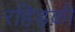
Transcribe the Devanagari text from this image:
रहिड़की